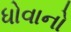
ધોવાનો